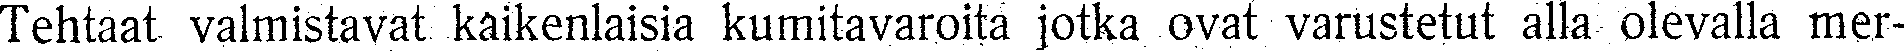
Tehtaat valmistavat kaikenlaisia kumitavaroitä jotka ovat varustetut alla olevalla mer-